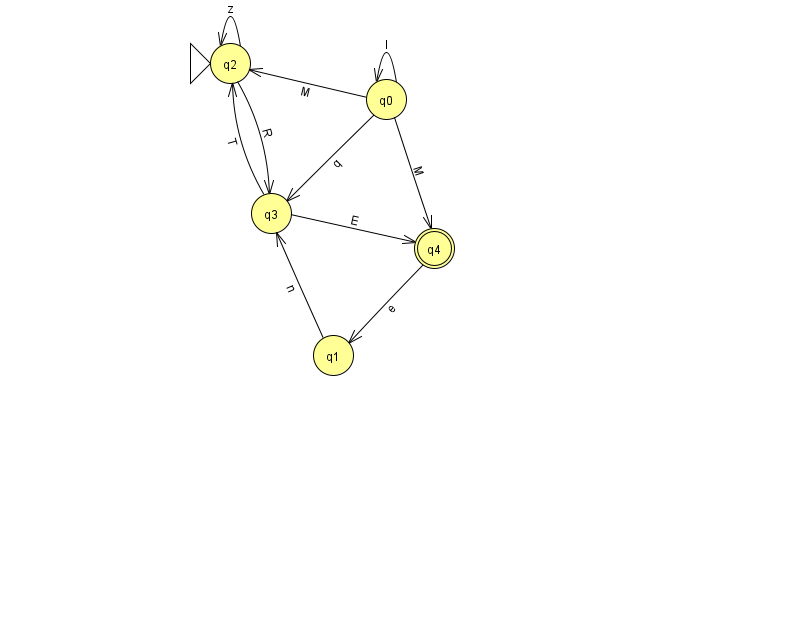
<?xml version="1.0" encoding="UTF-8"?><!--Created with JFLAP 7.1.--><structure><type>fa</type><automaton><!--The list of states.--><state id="0" name="q0"><x>386.0</x><y>86.0</y></state><state id="1" name="q1"><x>333.0</x><y>342.0</y></state><state id="2" name="q2"><x>230.0</x><y>50.0</y><initial/></state><state id="3" name="q3"><x>271.0</x><y>200.0</y></state><state id="4" name="q4"><x>434.0</x><y>235.0</y><final/></state><!--The list of transitions.--><transition><from>0</from><to>4</to><read>M</read></transition><transition><from>0</from><to>2</to><read>M</read></transition><transition><from>2</from><to>3</to><read>R</read></transition><transition><from>3</from><to>2</to><read>T</read></transition><transition><from>1</from><to>3</to><read>n</read></transition><transition><from>3</from><to>4</to><read>E</read></transition><transition><from>2</from><to>2</to><read>z</read></transition><transition><from>0</from><to>0</to><read>l</read></transition><transition><from>0</from><to>3</to><read>q</read></transition><transition><from>4</from><to>1</to><read>e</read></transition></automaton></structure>